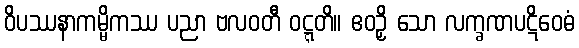
ဝိပဿနာကမ္မိကဿ ပညာ ဗလဝတီ ဝဋ္ဋတိ။ ဧဝဉှိ သော လက္ခဏပဋိဝေဓံ